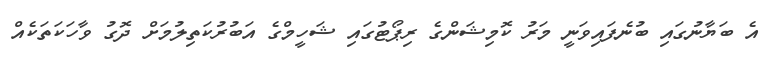
އެ ބަޔާނުގައި ބުނެފައިވަނީ މަރު ކޮމިޝަންގެ ރިޕޯޓުގައި ޝަހީމްގެ އަބުރުކަތިލުމަށް ދޮގު ވާހަކަތަކެއް